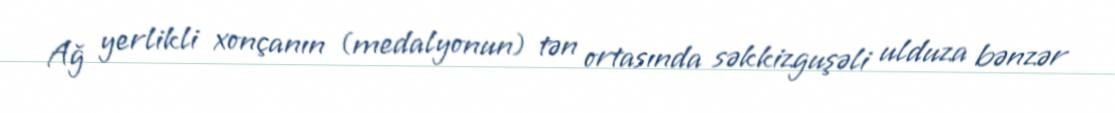
Ağ yerlikli xonçanın (medalyonun) tən ortasında səkkizguşəli ulduza bənzər